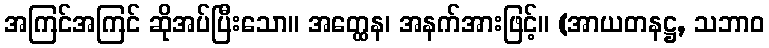
အကြင်အကြင် ဆိုအပ်ပြီးသော။ အတ္ထေန၊ အနက်အားဖြင့်။ (အာယတနဋ္ဌ, သဘာဝ